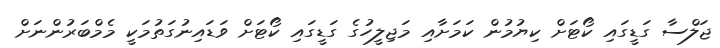
ޖަލްސާ ގަޑީގައި ކޯޓަށް ކިޔުމުން ކަމަށާއި މަޖިލީހުގެ ގަޑީގައި ކޯޓަށް ވަޑައިނުގަތުމަކީ މެމްބަރުންނަށް